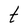
Character: t